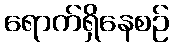
ရောက်ရှိနေစဉ်